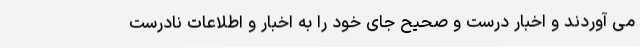
می آوردند و اخبار درست و صحیح جای خود را به اخبار و اطلاعات نادرست